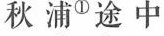
秋浦^{①}途中